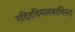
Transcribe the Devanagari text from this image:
गदितविमलवरविरुद